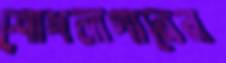
শোধনাগারের